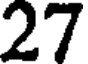
27